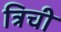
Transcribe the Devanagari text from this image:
त्रिची